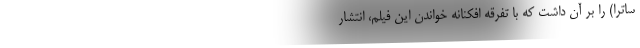
ساترا) را بر آن داشت که با تفرقه‌ افکنانه خواندن این فیلم، انتشار